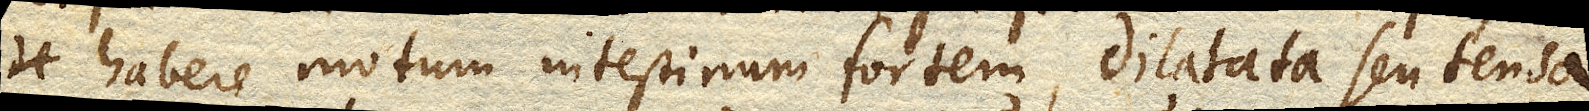
habere motum intestinum fortem, dilatata seu tensa